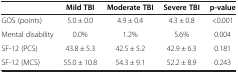
<table><thead><tr><td><b> </b></td><td><b>Mild TBI</b></td><td><b>Moderate TBI</b></td><td><b>Severe TBI</b></td><td><b>p-value</b></td></tr></thead><tbody><tr><td>GOS (points)</td><td>5.0 ± 0.0</td><td>4.9 ± 0.4</td><td>4.3 ± 0.8</td><td>&lt;0.001</td></tr><tr><td>Mental disability</td><td>0.0%</td><td>1.2%</td><td>5.6%</td><td>0.004</td></tr><tr><td>SF-12 (PCS)</td><td>43.8 ± 5.3</td><td>42.5 ± 5.2</td><td>42.9 ± 6.3</td><td>0.181</td></tr><tr><td>SF-12 (MCS)</td><td>55.0 ± 10.8</td><td>54.3 ± 9.1</td><td>52.2 ± 8.9</td><td>0.243</td></tr></tbody></table>